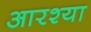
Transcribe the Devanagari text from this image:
आरश्या